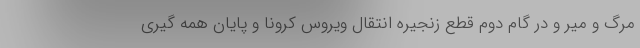
مرگ و میر و در گام دوم قطع زنجیره انتقال ویروس کرونا و پایان همه گیری